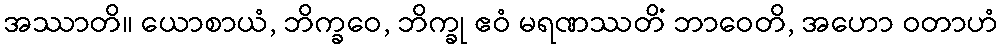
အဿာတိ။ ယောစာယံ, ဘိက္ခဝေ, ဘိက္ခု ဧဝံ မရဏဿတိံ ဘာဝေတိ, အဟော ဝတာဟံ